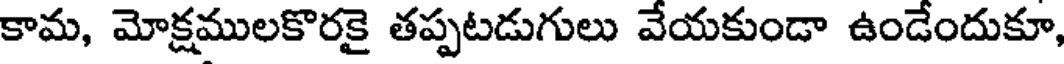
కామ, మోక్షములకొరకై తప్పటడుగులు వేయకుండా ఉండేందుకూ,